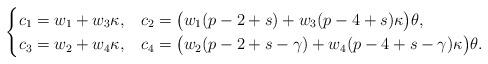
LaTeX: \begin{align*}\begin{cases} c_1=w_1+w_3\kappa, &c_2=\big(w_1(p-2+s)+w_3(p-4+s)\kappa\big)\theta,\\ c_3=w_2+w_4\kappa, &c_4=\big(w_2(p-2+s-\gamma)+w_4(p-4+s-\gamma)\kappa\big)\theta.\end{cases}\end{align*}